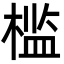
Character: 槛